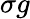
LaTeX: \sigma g